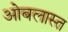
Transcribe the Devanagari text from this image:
ओबलास्त